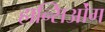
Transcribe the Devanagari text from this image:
हान्सिओंग